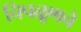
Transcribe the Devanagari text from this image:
चिपळूणचे